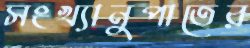
সংখ্যানুপাতের